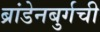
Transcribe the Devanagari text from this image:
ब्रांडेनबुर्गची